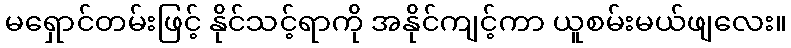
မရှောင်တမ်းဖြင့် နိုင်သင့်ရာကို အနိုင်ကျင့်ကာ ယူစမ်းမယ်ဖျလေး။